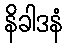
နိခါဒနံ